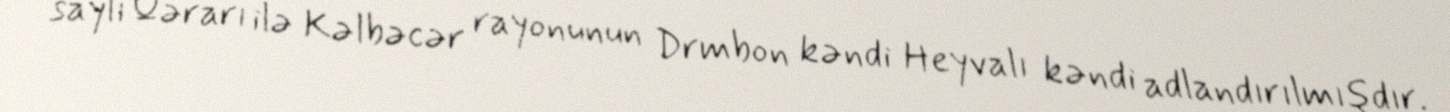
saylı Qərarı ilə Kəlbəcər rayonunun Drmbon kəndi Heyvalı kəndi adlandırılmışdır.